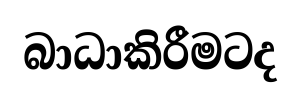
බාධාකිරීමටද